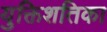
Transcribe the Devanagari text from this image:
युक्तिशतिका